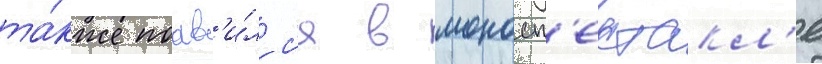
та́кже поав'и́лс'я в моносп'ектакл'е